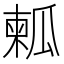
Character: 㼑